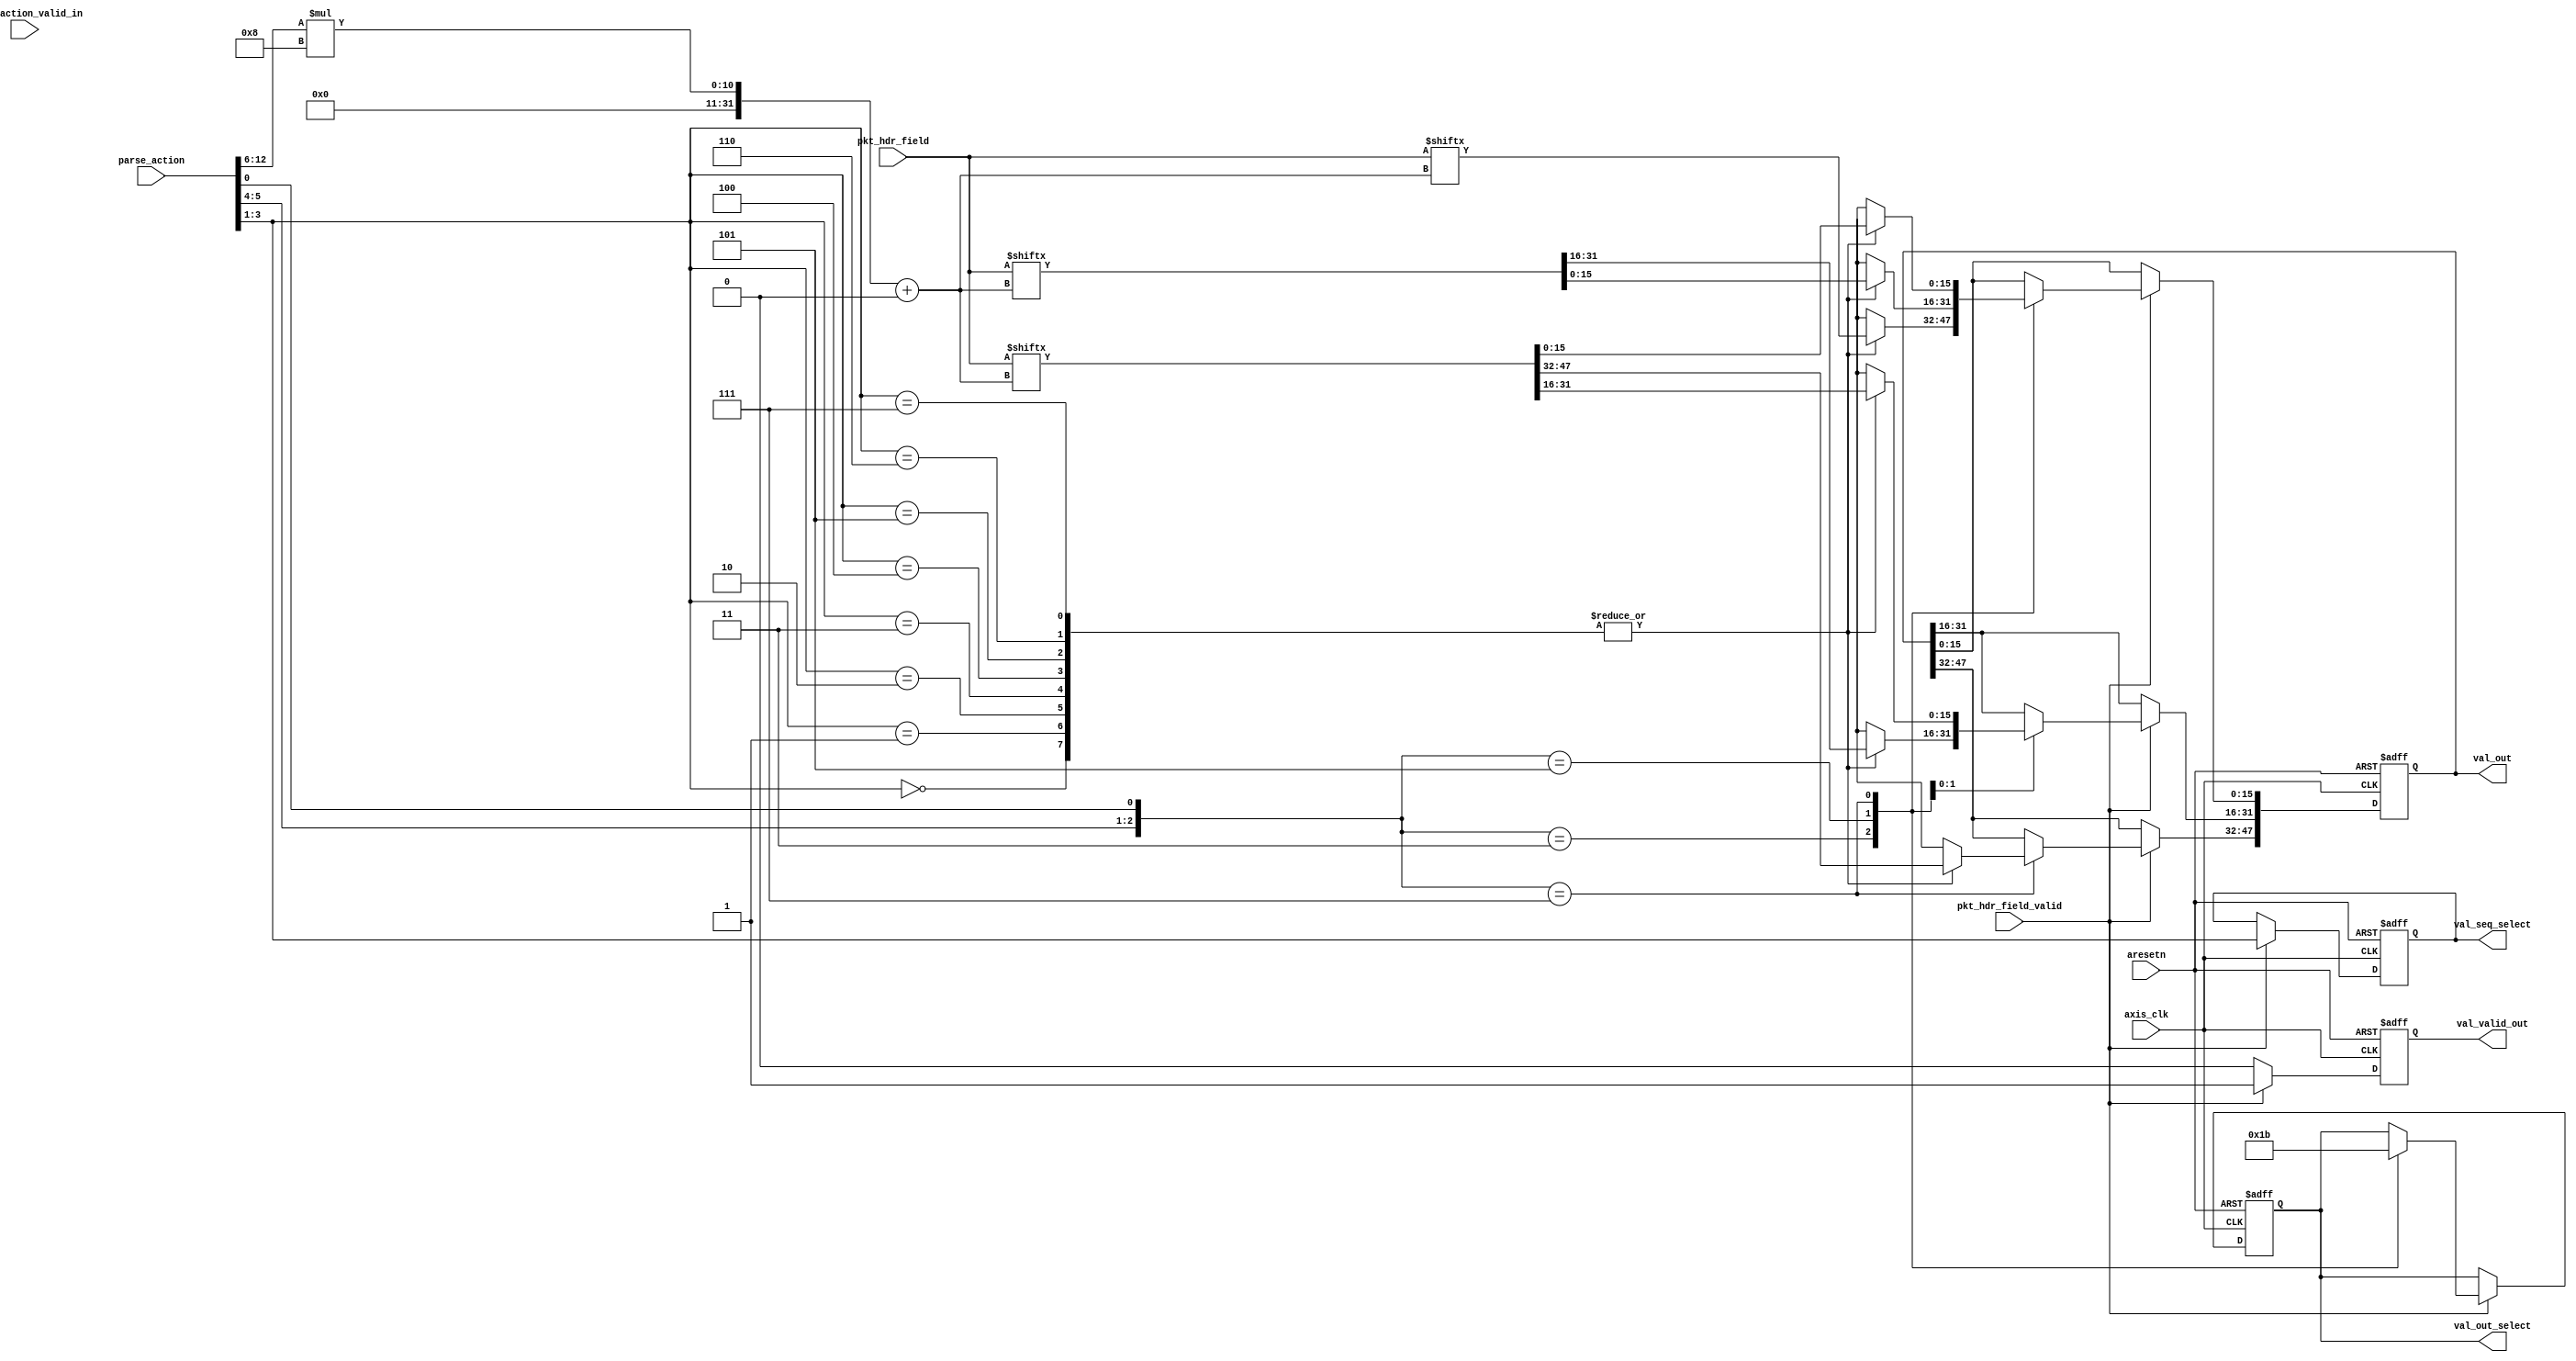

`timescale 1ns / 1ps

module sub_parser #(
    //for 100g MAC, the AXIS width is 512b
	parameter PARSE_ACT_RAM_WIDTH = 167,
    parameter C_PARSE_ACTION_LEN = 13,
    parameter HDR_FIELD_LEN = 1024,
    parameter VAL_LEN = 48
    )(
    input									axis_clk,
	input									aresetn,

	// input slvae axi stream
	input [HDR_FIELD_LEN-1:0]               pkt_hdr_field,
    input                                   pkt_hdr_field_valid,

    input  [C_PARSE_ACTION_LEN-1:0]         parse_action,
    input                                   parse_action_valid_in,

	// output
	output reg   							val_valid_out,
	output reg [VAL_LEN-1:0]     		    val_out,
    output reg [1:0]                        val_out_select,
    output reg [2:0]                        val_seq_select
);


reg [HDR_FIELD_LEN-1:0] pkt_hdr_field_reg;

always @(posedge axis_clk or negedge aresetn) begin
    if(~aresetn) begin
        val_valid_out <= 0;
        val_out <= 0;
        val_out_select <= 0;
        pkt_hdr_field_reg <= 0;
        val_seq_select <= 0;
    end

    else begin
        case(pkt_hdr_field_valid)
            1'b1: begin
                val_valid_out <= 1'b1;
                val_seq_select <= parse_action[3:1];
                case({parse_action[5:4],parse_action[0]})
                    3'b011: begin
                        val_out_select <= 2'b01;
                        case(parse_action[3:1])
                            0 : begin
				    			val_out[15:0] <= pkt_hdr_field[(parse_action[12:6])*8 +:16];
				    		end
				    		1 : begin
				    			val_out[15:0] <= pkt_hdr_field[(parse_action[12:6])*8 +:16];
				    		end
				    		2 : begin
				    			val_out[15:0] <= pkt_hdr_field[(parse_action[12:6])*8 +:16];
				    		end
				    		3 : begin
				    			val_out[15:0] <= pkt_hdr_field[(parse_action[12:6])*8 +:16];
				    		end
				    		4 : begin
				    			val_out[15:0] <= pkt_hdr_field[(parse_action[12:6])*8 +:16];
				    		end
				    		5 : begin
				    			val_out[15:0] <= pkt_hdr_field[(parse_action[12:6])*8 +:16];
				    		end
				    		6 : begin
				    			val_out[15:0]<= pkt_hdr_field[(parse_action[12:6])*8 +:16];
				    		end
				    		7 : begin
				    			val_out[15:0] <= pkt_hdr_field[(parse_action[12:6])*8 +:16];
				    		end
                        endcase
                    end
                    3'b101: begin
                        val_out_select <= 2'b10;
                        case(parse_action[3:1])
                            0 : begin
				    			val_out[31:0] <= pkt_hdr_field[(parse_action[12:6])*8 +:32];
				    		end
				    		1 : begin
				    			val_out[31:0] <= pkt_hdr_field[(parse_action[12:6])*8 +:32];
				    		end
				    		2 : begin
				    			val_out[31:0] <= pkt_hdr_field[(parse_action[12:6])*8 +:32];
				    		end
				    		3 : begin
				    			val_out[31:0] <= pkt_hdr_field[(parse_action[12:6])*8 +:32];
				    		end
				    		4 : begin
				    			val_out[31:0] <= pkt_hdr_field[(parse_action[12:6])*8 +:32];
				    		end
				    		5 : begin
				    			val_out[31:0] <= pkt_hdr_field[(parse_action[12:6])*8 +:32];
				    		end
				    		6 : begin
				    			val_out[31:0]<= pkt_hdr_field[(parse_action[12:6])*8 +:32];
				    		end
				    		7 : begin
				    			val_out[31:0] <= pkt_hdr_field[(parse_action[12:6])*8 +:32];
				    		end
                        endcase
                    end
                    3'b111: begin
                        val_out_select <= 2'b11;
                        case(parse_action[3:1])
                            0 : begin
				    			val_out <= pkt_hdr_field[(parse_action[12:6])*8 +:48];
				    		end
				    		1 : begin
				    			val_out <= pkt_hdr_field[(parse_action[12:6])*8 +:48];
				    		end
				    		2 : begin
				    			val_out <= pkt_hdr_field[(parse_action[12:6])*8 +:48];
				    		end
				    		3 : begin
				    			val_out <= pkt_hdr_field[(parse_action[12:6])*8 +:48];
				    		end
				    		4 : begin
				    			val_out <= pkt_hdr_field[(parse_action[12:6])*8 +:48];
				    		end
				    		5 : begin
				    			val_out <= pkt_hdr_field[(parse_action[12:6])*8 +:48];
				    		end
				    		6 : begin
				    			val_out <= pkt_hdr_field[(parse_action[12:6])*8 +:48];
				    		end
				    		7 : begin
				    			val_out <= pkt_hdr_field[(parse_action[12:6])*8 +:48];
				    		end
                        endcase
                    end
                endcase
            end
            default: begin
                val_valid_out <= 1'b0;
            end
        endcase
    end
end


endmodule